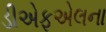
ડીએફએલના